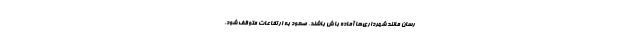
رسان مانند شهرداری‌ها آماده باش باشند. صعود به ارتفاعات متوقف شود.